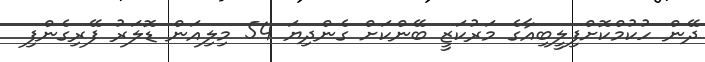
ދޭން ހުކުމްކޮށްފިލީބިއާގެ މަރުކަޒީ ބޭންކަށް ގެންދިޔަ 54 މިލިއަން ޑޮލަރު ފޭރިގެންފި